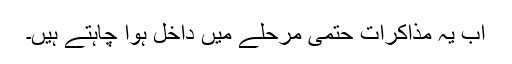
اب یہ مذاکرات حتمی مرحلے میں داخل ہوا چاہتے ہیں۔